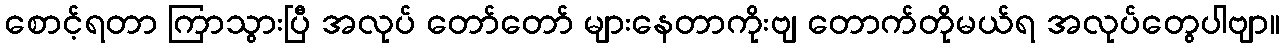
စောင့်ရတာ ကြာသွားပြီ အလုပ် တော်တော် များနေတာကိုးဗျ တောက်တိုမယ်ရ အလုပ်တွေပါဗျာ။